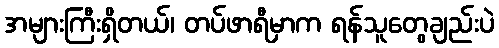
အများကြီးရှိတယ်၊ တပ်ဖာရီမှာက ရန်သူတွေချည်းပဲ